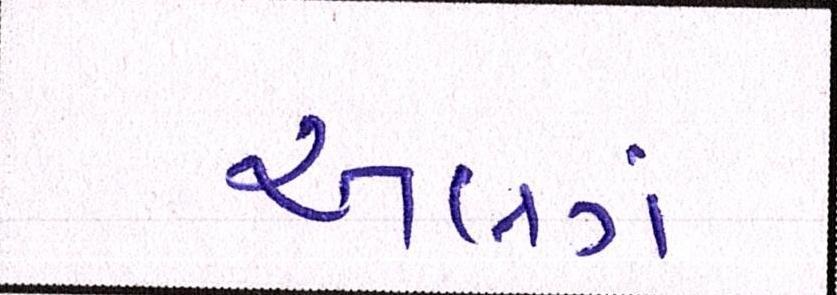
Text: અલગં